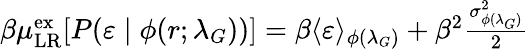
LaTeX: \begin{array}{r}{\beta\mu_{\mathrm{{LR}}}^{\mathrm{{ex}}}[P(\varepsilon\; |\; \phi(r;\lambda_{G}))]=\beta\langle\varepsilon\rangle_{\phi(\lambda_{G})}+\beta^{2}\frac{\sigma_{\phi(\lambda_{G})}^{2}}{2}}\end{array}